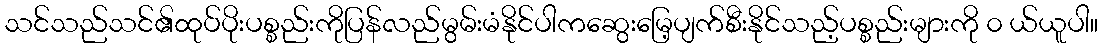
သင်သည်သင်၏ထုပ်ပိုးပစ္စည်းကိုပြန်လည်မွမ်းမံနိုင်ပါကဆွေးမြေ့ပျက်စီးနိုင်သည့်ပစ္စည်းများကို ၀ ယ်ယူပါ။